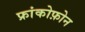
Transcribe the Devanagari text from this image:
फ्रांकोफ़ोन